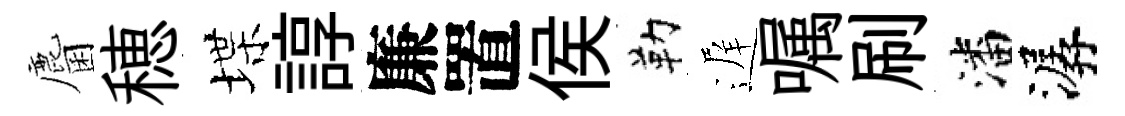
麕穂堞諄廉置侯勒遅嘱刷潘潺